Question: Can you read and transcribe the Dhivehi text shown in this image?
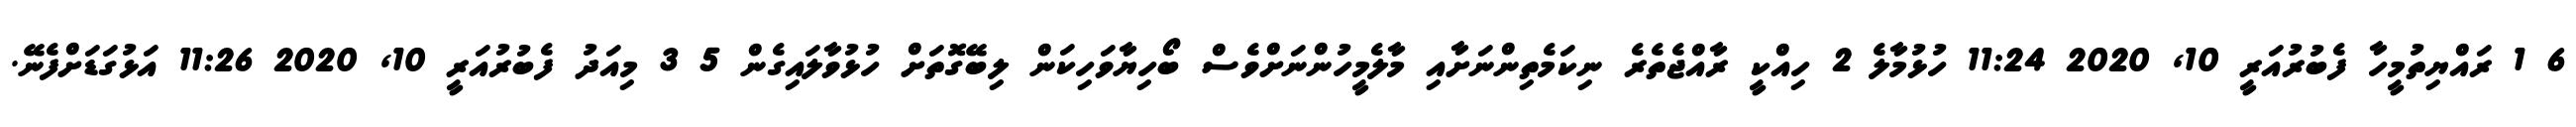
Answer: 6 1 ރައްޔިތުމީހާ ފެބުރުއަރީ 10, 2020 11:24 ހުޅުމާލެ 2 ހިއްކީ ރާއްޖެތެރެ ނިކަމެތިންނަށާއި މާލެމީހުންނަށްވެސް ބޯހިޔާވަހިކަން ލިބޭގޮތަށް ހުޅުވާލައިގެން 5 3 މިއަދު ފެބުރުއަރީ 10, 2020 11:26 އަޅުގަޑަށްފެނޭ.